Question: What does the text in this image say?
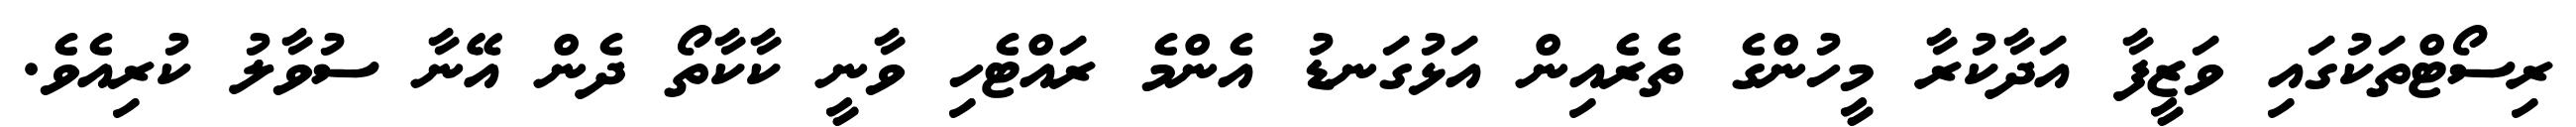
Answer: ރިސޯޓްތަކުގައި ވަޒީފާ އަދާކުރާ މީހުންގެ ތެރެއިން އަޅުގަނޑު އެންމެ ރައްޓެހި ވާނީ ކާކާތޯ ދެން އޭނާ ސުވާލު ކުރިއެވެ.